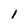
Character: 1